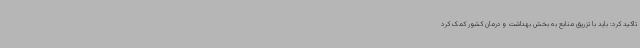
تاکید کرد: باید با تزریق منابع به بخش بهداشت و درمان کشور کمک کرد